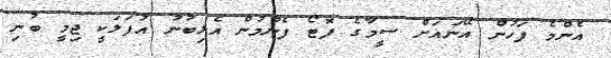
އެންމެ ފަހުން އޭނައަށް ސީމާގެ ފޮޓޯ ފެނުމުން އެލިބުނު އުފަލަކީ ޖިމީ ބުނި